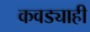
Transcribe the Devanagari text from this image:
कवड्याही